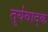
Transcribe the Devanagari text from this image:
तुर्यवाद्क